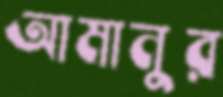
আমানুর